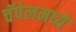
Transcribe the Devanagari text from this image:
चॅपेलमध्ये